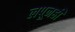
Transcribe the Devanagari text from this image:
लपूनही